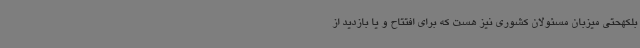
بلکهحتی میزبان مسئولان کشوری نیز هست که برای افتتاح و یا بازدید از